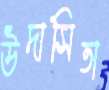
উদাসিতা